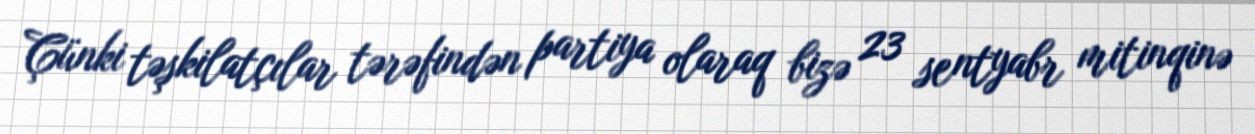
Çünki təşkilatçılar tərəfindən partiya olaraq bizə 23 sentyabr mitinqinə